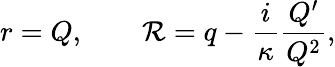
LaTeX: r=Q,\qquad\mathcal{R}=q-\frac{{i}}{{\kappa}}\frac{{Q^{\prime}}}{{Q^{2}}},